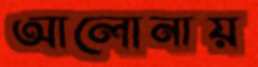
আলোনায়